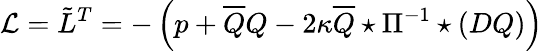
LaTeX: {\cal L}=\tilde{L}^{T}=-\left(p+\overline{{{Q}}}Q-2\kappa\overline{{{Q}}}\star\Pi^{-1}\star(DQ)\right)